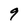
Character: 9